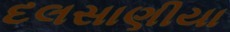
દલસાણીયા